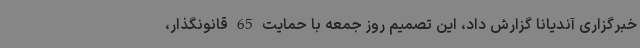
خبرگزاری آندیانا گزارش داد، این تصمیم روز جمعه با حمایت 65 قانونگذار،